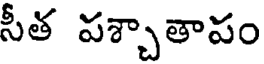
సీత పశ్చాతాపం